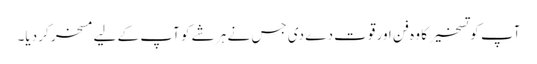
آپ کو تسخیر کا وہ فن اور قوت دے دی جس نے ہر شے کو آپ کے لیے مسخر کر دیا۔